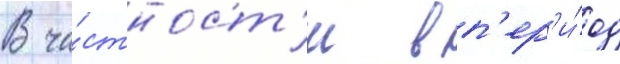
В ча́стност'и в п'ер'и́од